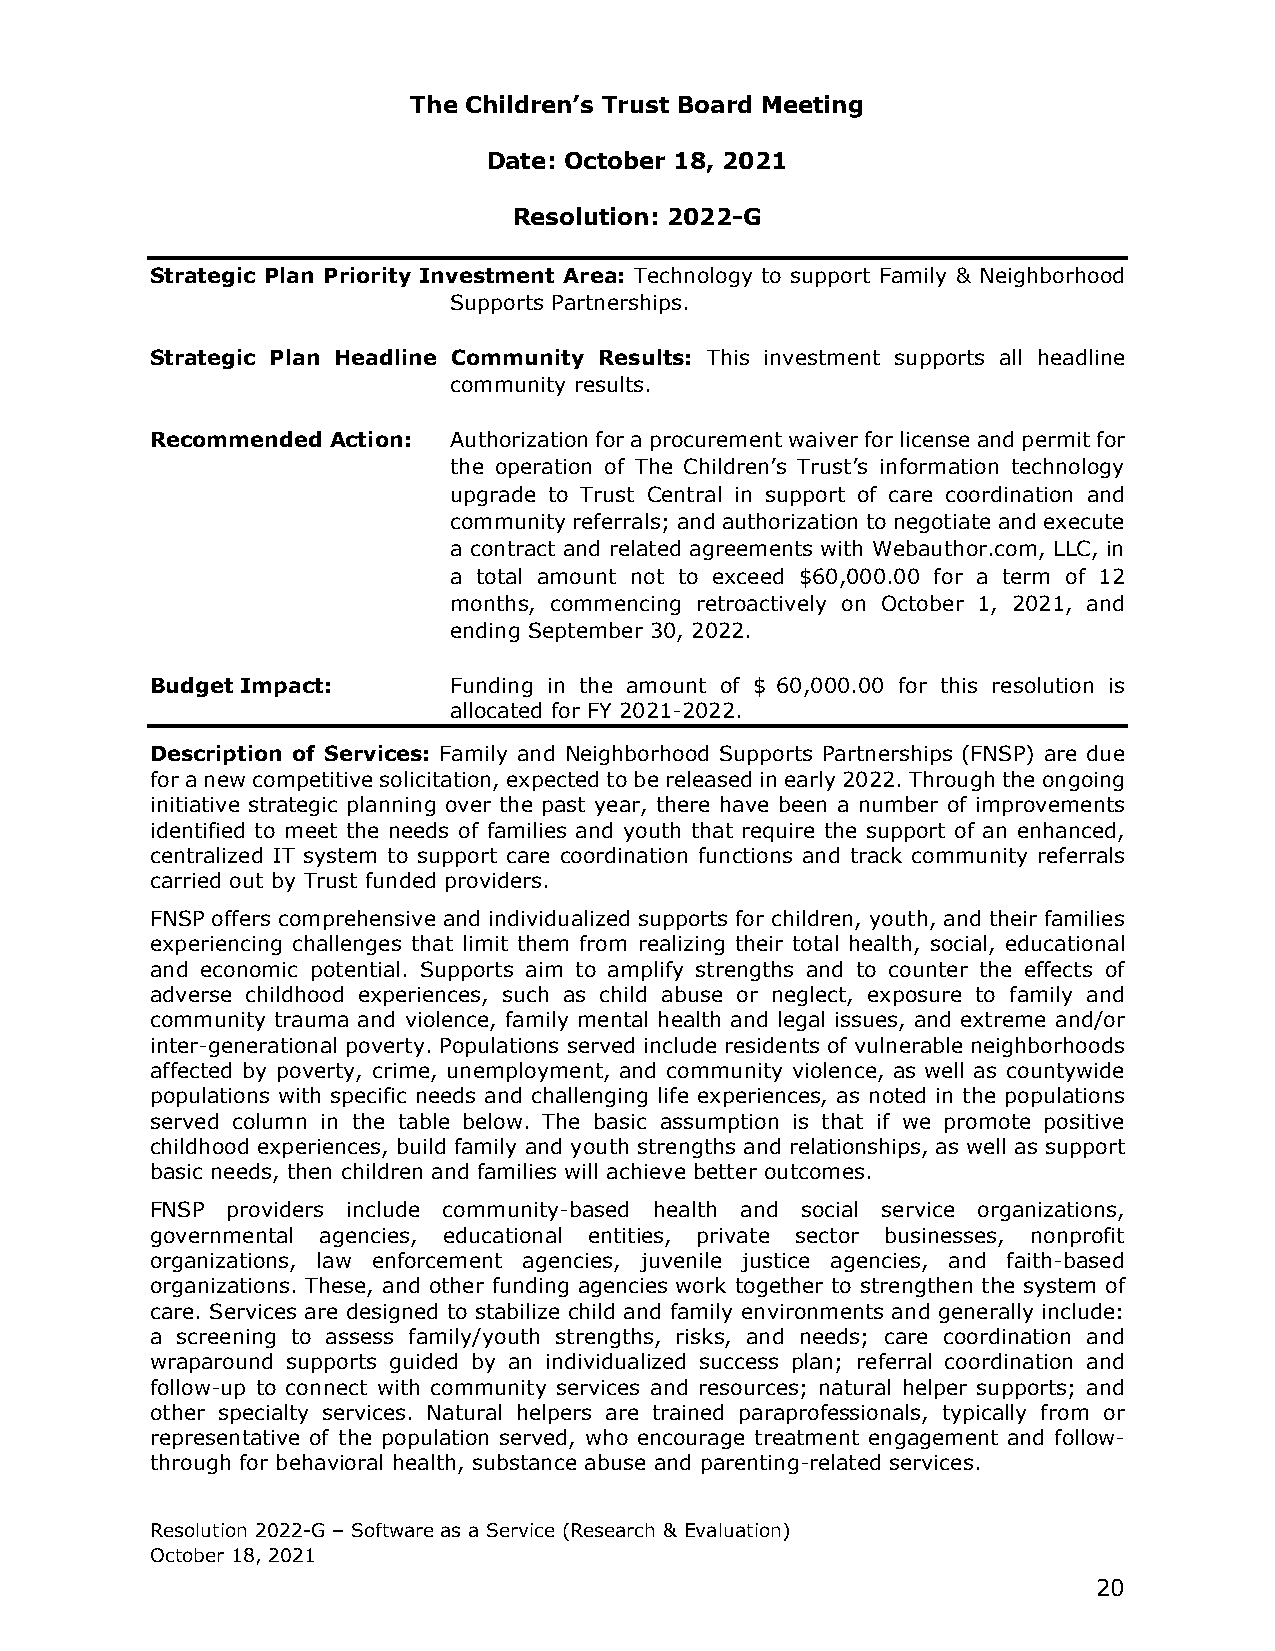
The Children’s Trust Board Meeting
 Date: October 18, 2021
 Resolution: 2022-G
 Strategic Plan Priority Investment Area: Technology to support Family & Neighborhood
 Supports Partnerships.
 Strategic Plan Headline Community Results: This investment supports all headline
 community results.
 Recommended Action: Authorization for a procurement waiver for license and permit for
 the operation of The Children’s Trust’s information technology
 upgrade to Trust Central in support of care coordination and
 community referrals; and authorization to negotiate and execute
 a contract and related agreements with Webauthor.com, LLC, in
 a total amount not to exceed $60,000.00 for a term of 12
 months, commencing retroactively on October 1, 2021, and
 ending September 30, 2022.
 Budget Impact:      Funding in the amount of $ 60,000.00 for this resolution is
 allocated for FY 2021-2022.
 Description of Services: Family and Neighborhood Supports Partnerships (FNSP) are due
 for a new competitive solicitation, expected to be released in early 2022. Through the ongoing
 initiative strategic planning over the past year, there have been a number of improvements
 identified to meet the needs of families and youth that require the support of an enhanced,
 centralized IT system to support care coordination functions and track community referrals
 carried out by Trust funded providers.
 FNSP offers comprehensive and individualized supports for children, youth, and their families
 experiencing challenges that limit them from realizing their total health, social, educational
 and economic potential. Supports aim to amplify strengths and to counter the effects of
 adverse childhood experiences, such as child abuse or neglect, exposure to family and
 community trauma and violence, family mental health and legal issues, and extreme and/or
 inter-generational poverty. Populations served include residents of vulnerable neighborhoods
 affected by poverty, crime, unemployment, and community violence, as well as countywide
 populations with specific needs and challenging life experiences, as noted in the populations
 served column in the table below. The basic assumption is that if we promote positive
 childhood experiences, build family and youth strengths and relationships, as well as support
 basic needs, then children and families will achieve better outcomes.
 FNSP providers include community-based health and social service organizations,
 governmental agencies, educational entities, private sector businesses, nonprofit
 organizations, law enforcement agencies, juvenile justice agencies, and faith-based
 organizations. These, and other funding agencies work together to strengthen the system of
 care. Services are designed to stabilize child and family environments and generally include:
 a screening to assess family/youth strengths, risks, and needs; care coordination and
 wraparound supports guided by an individualized success plan; referral coordination and
 follow-up to connect with community services and resources; natural helper supports; and
 other specialty services. Natural helpers are trained paraprofessionals, typically from or
 representative of the population served, who encourage treatment engagement and follow-
 through for behavioral health, substance abuse and parenting-related services.
 Resolution 2022-G – Software as a Service (Research & Evaluation)
 October 18, 2021
 20